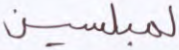
لمبلسين